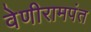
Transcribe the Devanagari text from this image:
वेणीरामपंत